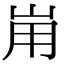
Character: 𡶤